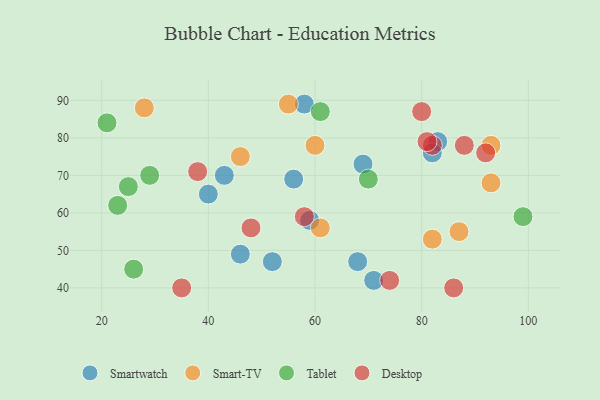
{"axis": {"x": "GDP", "y": "Life Expectancy"}, "legend": ["Desktop", "Smart-TV", "Smartwatch", "Tablet"], "data": [{"x": "69", "y": 73, "type": "Smartwatch"}, {"x": "83", "y": 79, "type": "Smartwatch"}, {"x": "40", "y": 65, "type": "Smartwatch"}, {"x": "52", "y": 47, "type": "Smartwatch"}, {"x": "68", "y": 47, "type": "Smartwatch"}, {"x": "43", "y": 70, "type": "Smartwatch"}, {"x": "56", "y": 69, "type": "Smartwatch"}, {"x": "82", "y": 76, "type": "Smartwatch"}, {"x": "58", "y": 89, "type": "Smartwatch"}, {"x": "59", "y": 58, "type": "Smartwatch"}, {"x": "46", "y": 49, "type": "Smartwatch"}, {"x": "71", "y": 42, "type": "Smartwatch"}, {"x": "28", "y": 88, "type": "Smart-TV"}, {"x": "46", "y": 75, "type": "Smart-TV"}, {"x": "82", "y": 53, "type": "Smart-TV"}, {"x": "55", "y": 89, "type": "Smart-TV"}, {"x": "60", "y": 78, "type": "Smart-TV"}, {"x": "61", "y": 56, "type": "Smart-TV"}, {"x": "87", "y": 55, "type": "Smart-TV"}, {"x": "93", "y": 78, "type": "Smart-TV"}, {"x": "93", "y": 68, "type": "Smart-TV"}, {"x": "23", "y": 62, "type": "Tablet"}, {"x": "26", "y": 45, "type": "Tablet"}, {"x": "61", "y": 87, "type": "Tablet"}, {"x": "70", "y": 69, "type": "Tablet"}, {"x": "99", "y": 59, "type": "Tablet"}, {"x": "29", "y": 70, "type": "Tablet"}, {"x": "25", "y": 67, "type": "Tablet"}, {"x": "21", "y": 84, "type": "Tablet"}, {"x": "86", "y": 40, "type": "Desktop"}, {"x": "38", "y": 71, "type": "Desktop"}, {"x": "58", "y": 59, "type": "Desktop"}, {"x": "80", "y": 87, "type": "Desktop"}, {"x": "92", "y": 76, "type": "Desktop"}, {"x": "82", "y": 78, "type": "Desktop"}, {"x": "48", "y": 56, "type": "Desktop"}, {"x": "81", "y": 79, "type": "Desktop"}, {"x": "74", "y": 42, "type": "Desktop"}, {"x": "35", "y": 40, "type": "Desktop"}, {"x": "88", "y": 78, "type": "Desktop"}]}